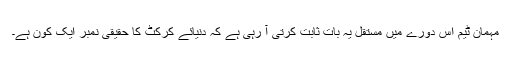
مہمان ٹیم اس دورے میں مستقل یہ بات ثابت کرتی آ رہی ہے کہ دنیائے کرکٹ کا حقیقی نمبر ایک کون ہے۔